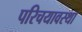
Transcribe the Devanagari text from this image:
परिचयावस्था